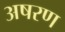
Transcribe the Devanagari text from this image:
अषरण